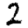
Digit: 2